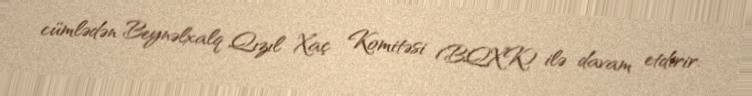
cümlədən Beynəlxalq Qızıl Xaç Komitəsi (BQXK) ilə davam etdirir.